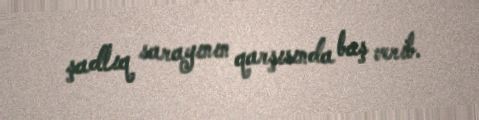
şadlıq sarayının qarşısında baş verib.